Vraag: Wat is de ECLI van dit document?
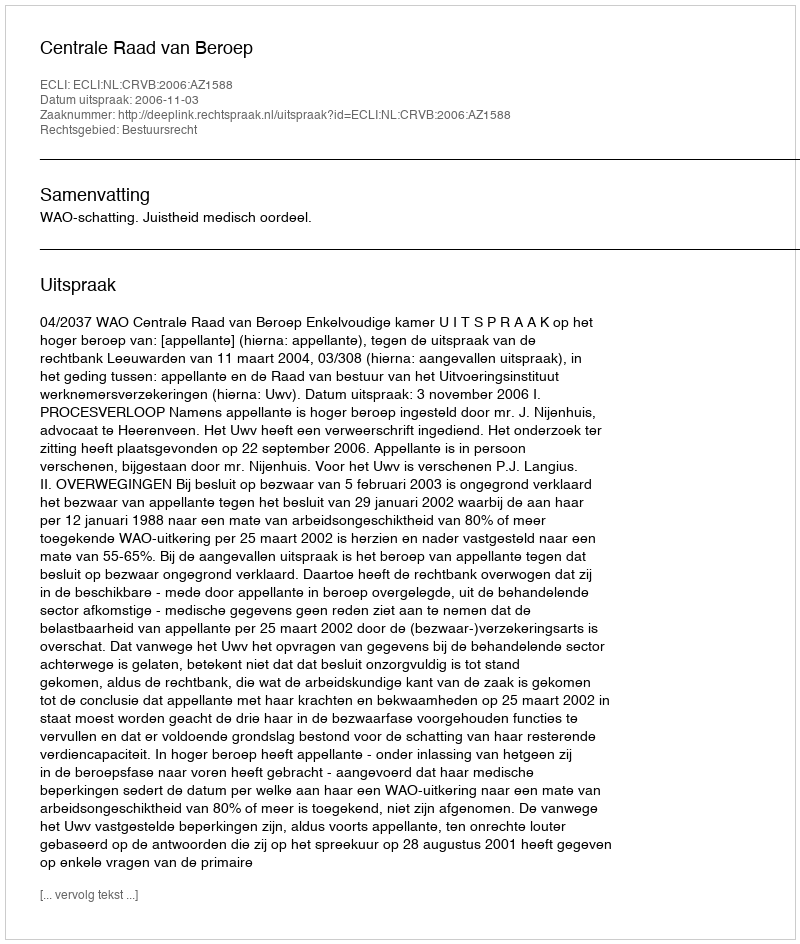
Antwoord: ECLI:NL:CRVB:2006:AZ1588